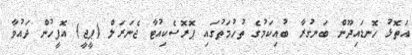
އަތޮޅު ހޮނޑައިދޫން ބަނގުރާ ބުއިކަމުގެ ތުހުމަތުގައި ޕޮރޮސެކިއުޓާ ޖެނަރަލް (ޕީޖީ) އޮފީހުން ދައުވާ